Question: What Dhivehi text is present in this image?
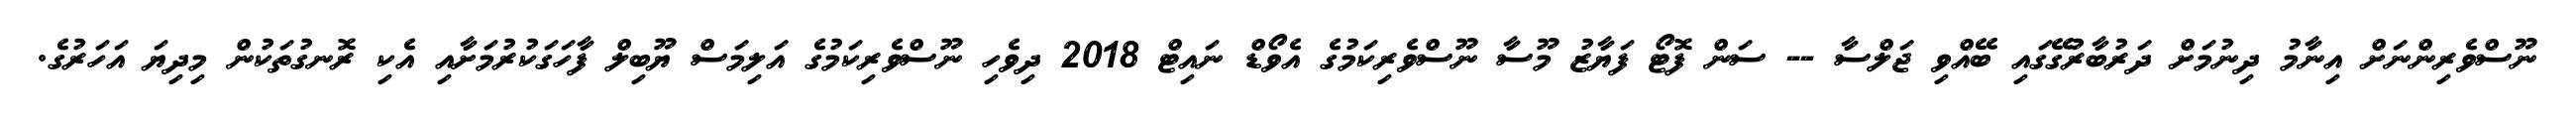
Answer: ނޫސްވެރިންނަށް އިނާމު ދިނުމަށް ދަރުބާރުގޭގައި ބޭއްވި ޖަލްސާ -- ސަން ފޮޓޯ ފަޔާޒު މޫސާ ނޫސްވެރިކަމުގެ އެވޯޑް ނައިޓް 2018 ދިވެހި ނޫސްވެރިކަމުގެ އަލިމަސް ޔޫބިލް ފާހަގަކުރުމަށާއި އެކި ރޮނގުތަކުން މިދިޔަ އަހަރުގެ.